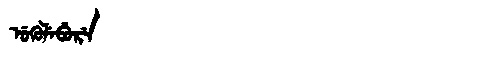
Manchu: ᡠᡴᡠᠯᡝᠪᡠᡵᡝ
Romanization: UKULEBURE